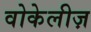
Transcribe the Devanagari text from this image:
वोकेलीज़